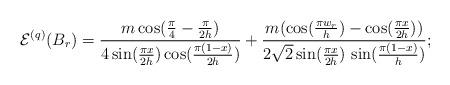
LaTeX: \begin{align*}\mathcal{E}^{(q)}(B_{r})=\frac{m\cos (\frac{\pi }{4}-\frac{\pi }{2h})}{4\sin(\frac{\pi x}{2h})\cos (\frac{\pi (1-x)}{2h})}+\frac{m(\cos (\frac{\pi w_{r}}{h})-\cos (\frac{\pi x}{2h}))}{2\sqrt{2}\sin (\frac{\pi x}{2h})\,\sin (\frac{\pi (1-x)}{h})}; \end{align*}